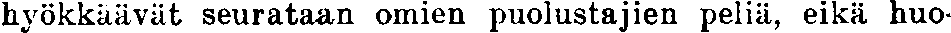
hyökkäävät seurataan omien puolustajien peliä, eikä huo-